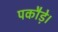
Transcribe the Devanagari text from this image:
पकौड़े।